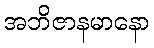
အဘိဇာနမာနော